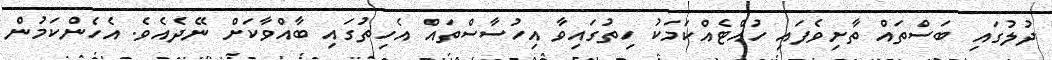
ދުލުގައި ބަސްތައް ތާށިވެފައި ހުއްޓެއްކަމަކު ހިތުގައިވާ އިހުސާސްތައް އެހިތުގައި ބާއްވާކަށް ނޭދެއެވެ. އެހެންކަމުން